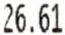
26.61